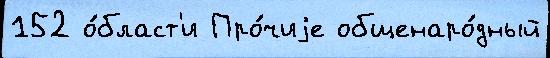
152 о́бласт'и Про́чиjе общенаро́дный